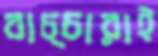
বাচ্চারাই